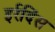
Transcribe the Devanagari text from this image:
इर्रदिंस